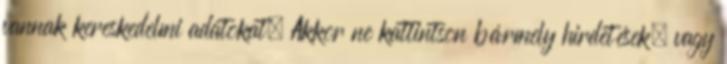
vannak kereskedelmi adatokat. Akkor ne kattintson bármely hirdetések, vagy